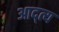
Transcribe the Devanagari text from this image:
आद्त्य